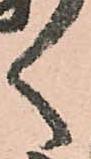
く